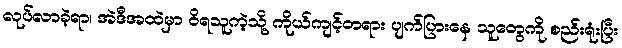
လုပ်လာခဲ့ရာ၊ အဲဒီအထဲမှာ ဝိရသူကဲ့သို့ ကိုယ်ကျင့်တရား ပျက်ပြားနေ သူတွေကို စည်းရုံးပြီး